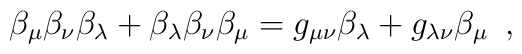
\beta_{\mu} \beta_{\nu} \beta_{\lambda}+\beta_{\lambda} \beta_{\nu} \beta_{\mu}=g_{\mu \nu} \beta_{\lambda}+g_{\lambda \nu} \beta_{\mu} \,\,\,,